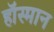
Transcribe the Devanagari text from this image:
हॉस्मान